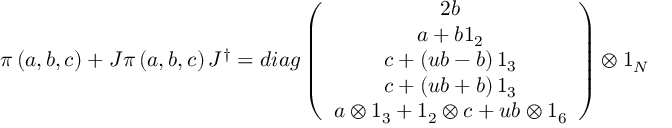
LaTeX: \pi \left( a , b , c \right) + J \pi \left( a , b , c \right) J ^ { \dagger } = d i a g \left( \begin{array} { c } { { 2 b } } \\ { { a + b 1 _ { 2 } } } \\ { { c + \left( u b - b \right) 1 _ { 3 } } } \\ { { c + \left( u b + b \right) 1 _ { 3 } } } \\ { { a \otimes 1 _ { 3 } + 1 _ { 2 } \otimes c + u b \otimes 1 _ { 6 } } } \end{array} \right) \otimes 1 _ { N }